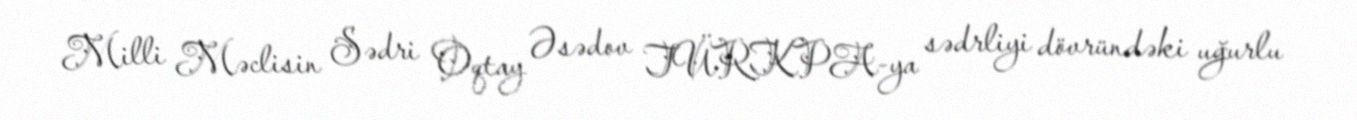
Milli Məclisin Sədri Oqtay Əsədov TÜRKPA-ya sədrliyi dövründəki uğurlu